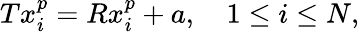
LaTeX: \begin{array}{r}{Tx_{i}^{p}=Rx_{i}^{p}+a,\quad 1\leq i\leq N,}\end{array}